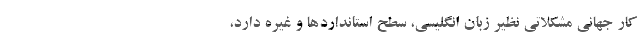
کار جهانی مشکلاتی نظیر زبان انگلیسی، سطح استانداردها و غیره دارد،